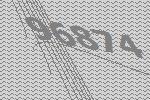
96874